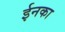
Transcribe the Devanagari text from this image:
ईनका